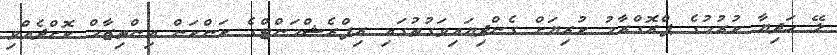
ލޭ ހަދިޔާ ކުރުމުގެ ޕްރޮގްރާމު ކުރިޔަށް ގެންދިޔައިވަގުތުގައި ރިފްރެޝްމަންޓްގެ ކަންކަން އިންތިޒާމް ކޮށްދެއްވި